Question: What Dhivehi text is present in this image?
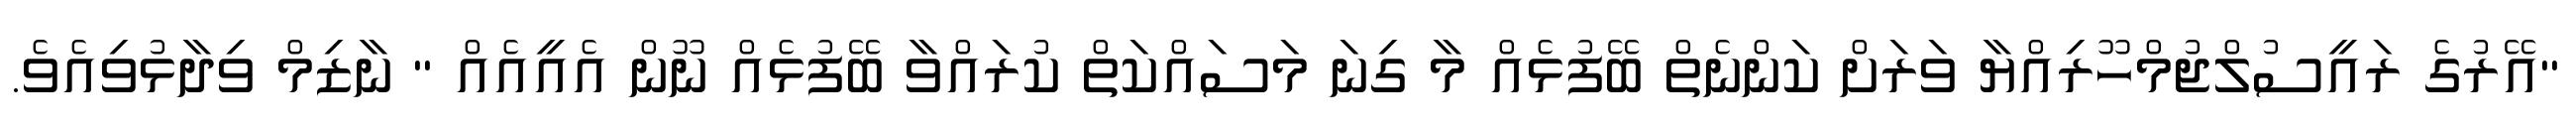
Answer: "އޭރުގެ ރައީސުލްޖުމްހޫރިއްޔާ ވަރަށް ކަންނެތް ބޭފުޅެއް މާ ގިނަ މަސައްކަތް ކުރައްވާ ބޭފުޅެއް ނޫން އެއީއެއް " ނާޒިމް ވިދާޅުވިއެވެ.